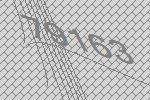
79163